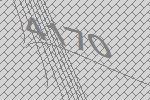
4170